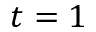
t = 1